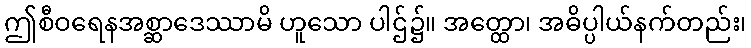
ဤစီဝရေနအစ္ဆာဒေဿာမိ ဟူသော ပါဌ်၌။ အတ္ထော၊ အဓိပ္ပါယ်နက်တည်း၊